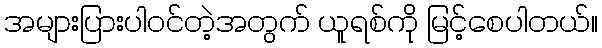
အများပြားပါဝင်တဲ့အတွက် ယူရစ်ကို မြင့်စေပါတယ်။